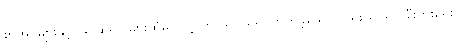
စာအုပ်များနှင့် မြင်ဆရာ များထံမှ လေ့လာ သင်ယူ၍ တတ်ခဲ့သော်လည်း ရုပ်ရှင် စီးပွားရေး